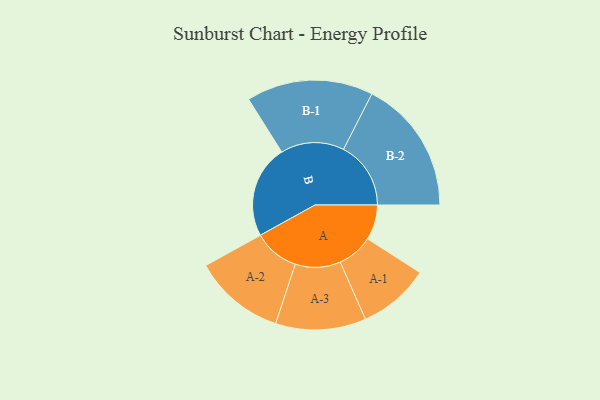
{"axis": {"x": "Segment", "y": "Value"}, "legend": ["", "A", "B"], "data": [{"x": "A", "y": 152, "type": ""}, {"x": "B", "y": 403, "type": ""}, {"x": "A-1", "y": 155, "type": "A"}, {"x": "A-2", "y": 198, "type": "A"}, {"x": "A-3", "y": 196, "type": "A"}, {"x": "B-1", "y": 275, "type": "B"}, {"x": "B-2", "y": 292, "type": "B"}]}